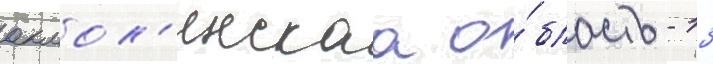
акмол'инскаа о́бласть - 13